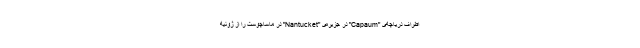
اطراف دریاچه‌ی "Capaum" در جزیره‌ی "Nantucket" در ماساچوست را از ژوئیه